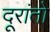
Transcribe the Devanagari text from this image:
दूरांतो